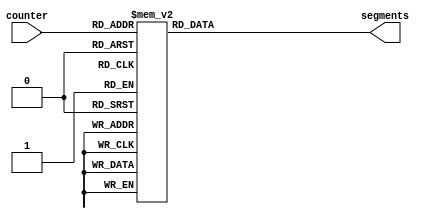

/*
      -- 1 --
     |       |
     6       2
     |       |
      -- 7 --
     |       |
     5       3
     |       |
      -- 4 --
*/

module seg7 (
    input wire [3:0] counter,
    output reg [6:0] segments
);

    always @(*) begin
        case(counter)
            0: segments = 7'b0111110; //U
            1: segments = 7'b1110111; //A
            2: segments = 7'b1111100; //B
            3: segments = 7'b0111001; //C
            4: segments = 7'b1000000; //-
            5: segments = 7'b1111001; //E
            6: segments = 7'b0111000; //L 
            7: segments = 7'b1111001; //E
            8: segments = 7'b0111001; //C
            9: segments = 7'b0110001; //T
            10: segments = 7'b1010000; //R
            11: segments = 7'b0111111; //O
            12: segments = 7'b1010100; //N
            13: segments = 7'b0110000; //I
            14: segments = 7'b0111001; //C
            15: segments = 7'b1110111; //A
            default:    
                segments = 7'b0000000;
        endcase
    end

endmodule